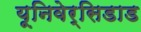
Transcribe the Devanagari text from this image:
यूनिवेर्सिडाड